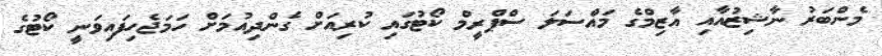
މެންބަރު ނާޝިޒުއާއި އާޒިމްގެ މައްސަލަ ސްޕްރީމް ކޯޓުގައި ކުރިއަށް ގެންދިއުމަށް ހަމަޖެހިފައިވަނީ ކޯޓުގެ